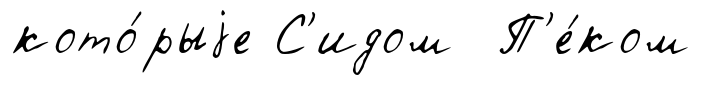
кото́рыjе С'идом П'е́ком